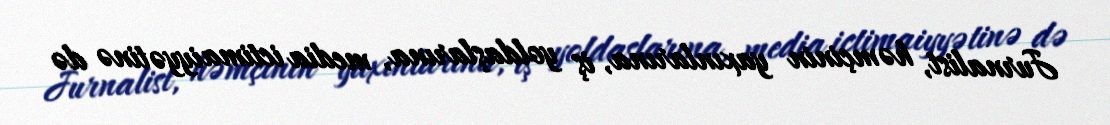
Jurnalist, həmçinin yaxınlarına, iş yoldaşlarına, media ictimaiyyətinə də